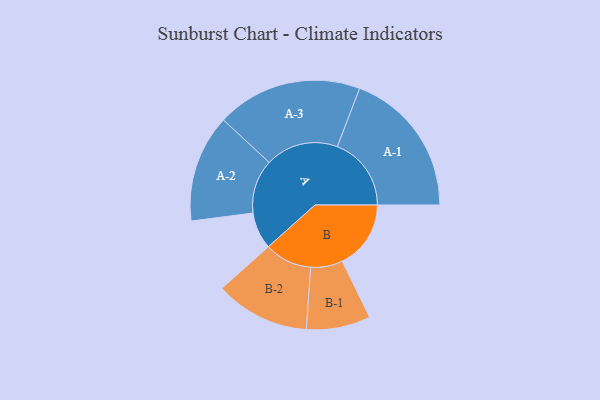
{"axis": {"x": "Segment", "y": "Value"}, "legend": ["", "A", "B"], "data": [{"x": "A", "y": 130, "type": ""}, {"x": "B", "y": 242, "type": ""}, {"x": "A-1", "y": 261, "type": "A"}, {"x": "A-2", "y": 190, "type": "A"}, {"x": "A-3", "y": 257, "type": "A"}, {"x": "B-1", "y": 113, "type": "B"}, {"x": "B-2", "y": 167, "type": "B"}]}